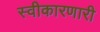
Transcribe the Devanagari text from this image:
स्वीकारणारी